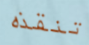
تنقذه